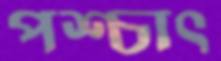
পশ্চাৎ